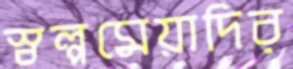
স্বল্পমেয়াদির